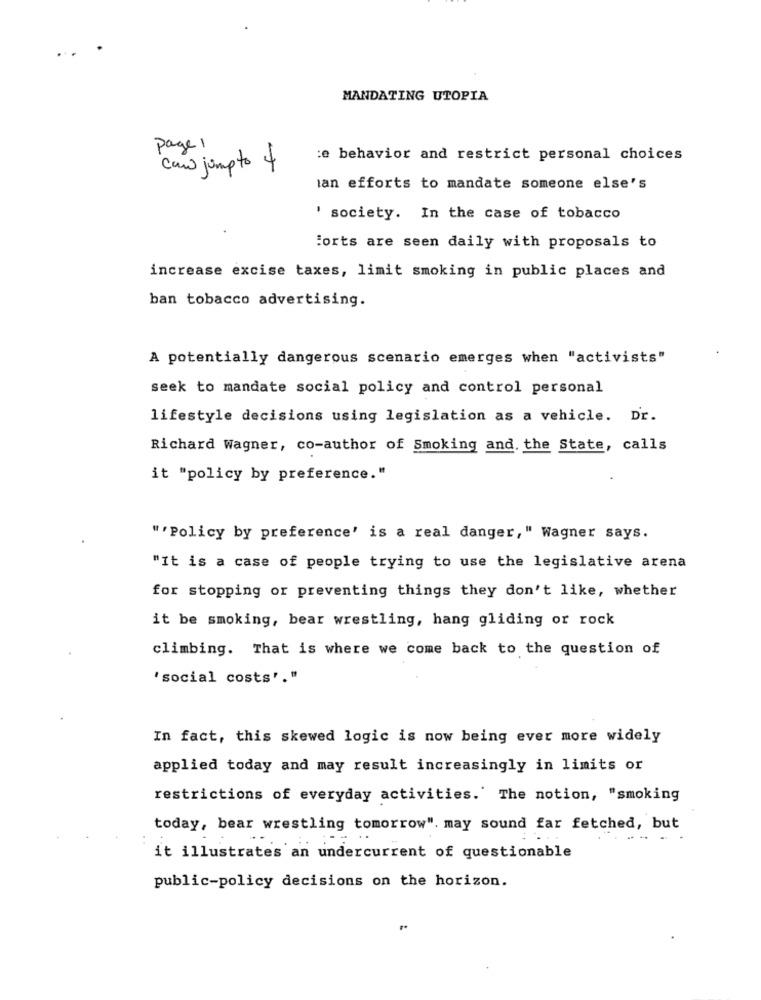
MANDATING UTOPIA
page 1
:e behavior and restrict personal choices
can jump to 4
lan efforts to mandate someone else's
' society. In the case of tobacco
Forts are seen daily with proposals to
increase excise taxes, limit smoking in public places and
ban tobacco advertising.
A potentially dangerous scenario emerges when "activists"
seek to mandate social policy and control personal
lifestyle decisions using legislation as a vehicle. Dr.
Richard Wagner, co-author of Smoking and. the State, calls
it "policy by preference."
"'Policy by preference' is a real danger," Wagner says.
"It is a case of people trying to use the legislative arena
for stopping or preventing things they don't like, whether
it be smoking, bear wrestling, hang gliding or rock
climbing. That is where we come back to the question of
'social costs"."
In fact, this skewed logic is now being ever more widely
applied today and may result increasingly in limits or
restrictions of everyday activities.' The notion, "smoking
today, bear wrestling tomorrow". may sound far fetched, but
.-. ..
it illustrates an undercurrent of questionable
public-policy decisions on the horizon.